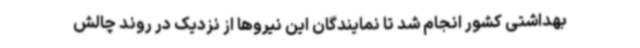
بهداشتی کشور انجام شد تا نمایندگان این نیروها از نزدیک در روند چالش